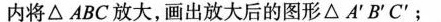
内将△ABC放大，画出放大后的图形△A'B'C'；